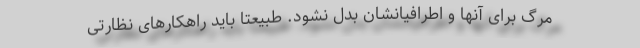
مرگ برای آنها و اطرافیانشان بدل نشود. طبیعتا باید راهکارهای نظارتی